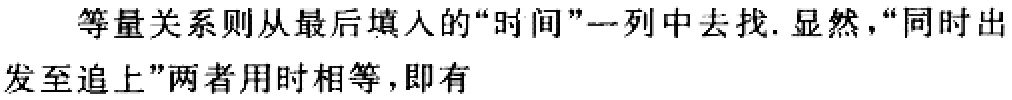
等量关系则从最后填入的“时间”一列中去找. 显然，“同时出
发至追上”两者用时相等，即有